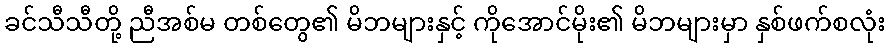
ခင်သီသီတို့ ညီအစ်မ တစ်တွေ၏ မိဘများနှင့် ကိုအောင်မိုး၏ မိဘများမှာ နှစ်ဖက်စလုံး